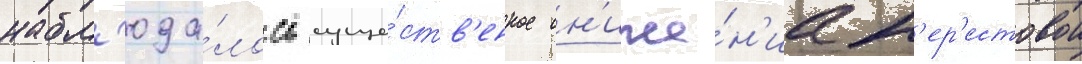
набл'юда́лось суще́ств'енное сн'иже́н'ие н'ер'естовои